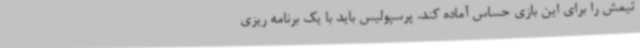
تیمش را برای این بازی حساس آماده کند. پرسپولیس باید با یک برنامه ریزی